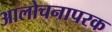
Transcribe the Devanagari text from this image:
आलोचनापरक